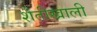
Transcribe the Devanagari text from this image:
शेतीखाली